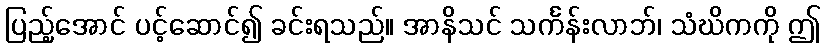
ပြည့်အောင် ပင့်ဆောင်၍ ခင်းရသည်။ အာနိသင် သင်္ကန်းလာဘ်၊ သံဃိကကို ဤ